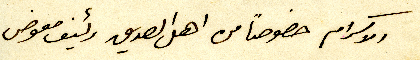
الاكرام خصوصاً من اهل الصديق رئيف معوض